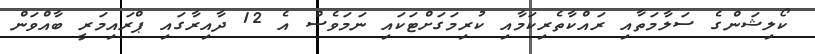
ކޯލިޝަންގެ ސަލާމަތާއި ރައްކާތެރިކަމާއި ކުރިމަގަށްޓަކައި ނަމަވެސް އެ 12 ދާއިރާގައި ޕްރައިމަރީ ބާއްވަން